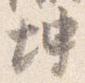
坤